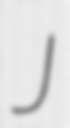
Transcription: J